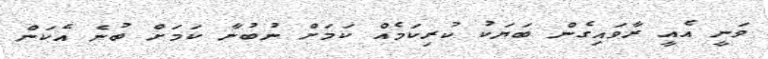
ވަނީ އެއީ ރާވައިގެން ބަޔަކު ކުރިކަމެއް ކަމަށް ނުބުނާ ކަމަށް ބުނެ އެކަން